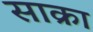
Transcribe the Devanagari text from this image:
साक्रा